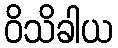
ဝိသိခါယ